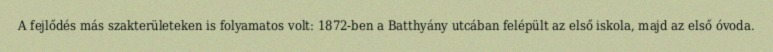
A fejlődés más szakterületeken is folyamatos volt: 1872-ben a Batthyány utcában felépült az első iskola, majd az első óvoda.